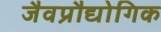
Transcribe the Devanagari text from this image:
जैवप्रौद्योगिक